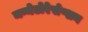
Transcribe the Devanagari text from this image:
मग्नेटोरेसेप्शन